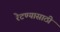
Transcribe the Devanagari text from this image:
रेटण्यासाठी